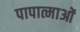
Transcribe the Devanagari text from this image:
पापात्माओं